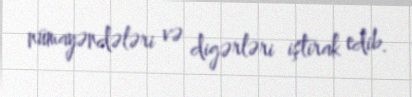
nümayəndələri və digərləri iştirak edib.